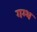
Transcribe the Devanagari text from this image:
गम्भ